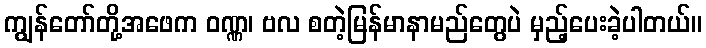
ကျွန်တော်တို့အဖေက ဝဏ္ဏ၊ ဗလ စတဲ့မြန်မာနာမည်တွေပဲ မှည့်ပေးခဲ့ပါတယ်။